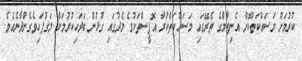
ކުރުމަށް މަސައްކަތްކޮށް އެނިޒާމްގެ ތެރޭގައި މަސައްކަތްކުރާ އޮފީސްތަކުގެ މެދުގައި ގުޅުން ބަދަހިކުރުމަށް މަގުފަހިވެގެންދާނެއެވެ.